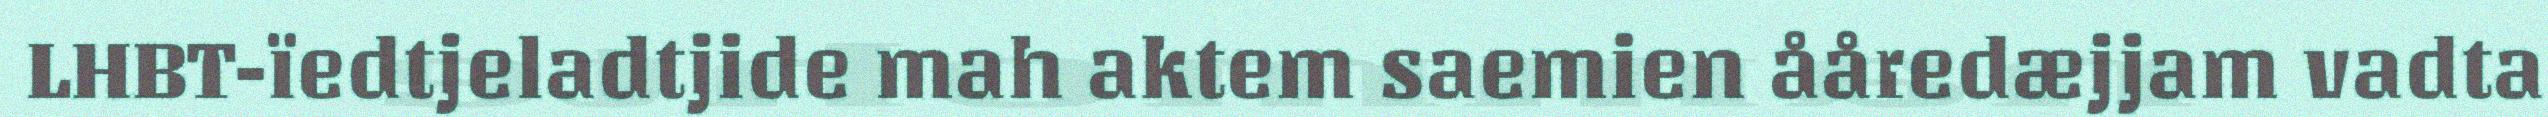
LHBT-ïedtjeladtjide mah aktem saemien ååredæjjam vadta